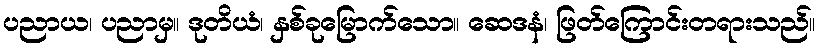
ပညာယ၊ ပညာမှ။ ဒုတိယံ၊ နှစ်ခုမြောက်သော။ ဆေဒနံ၊ ဖြတ်ကြောင်းတရားသည်။